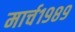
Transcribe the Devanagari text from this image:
मार्च१९८९